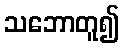
သဘောတူ၍